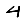
Digit: 4